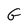
Character: G